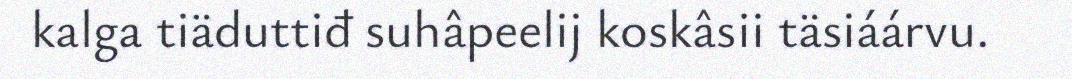
kalga tiäduttiđ suhâpeelij koskâsii täsiáárvu.